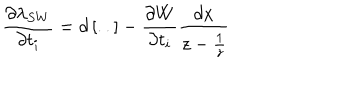
\frac { \partial \lambda _ { S W } } { \partial t _ { i } } = d \left[ . . \right] - \frac { \partial W } { \partial t _ { i } } \frac { d x } { z - \frac { 1 } { z } }